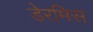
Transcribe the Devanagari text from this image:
डेरमिस